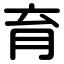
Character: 育